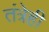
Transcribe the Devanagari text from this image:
तंत्रेही